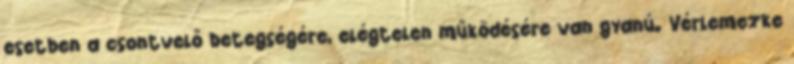
esetben a csontvelő betegségére, elégtelen működésére van gyanú. Vérlemezke